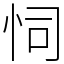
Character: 𢘜